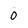
Character: 0